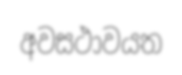
අවසථාවයත